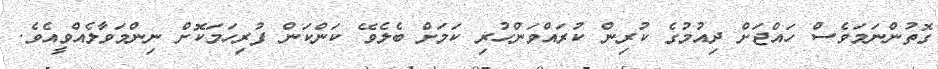
ގޮތުންނަމަވެސް ހައްޖަށް ދިއުމުގެ ކުރިން ކުރައްވަންހުރި ކަމަށް ބެލެވޭ ކަންކަން ފުރިހަމަކޮށް ނިންމަވާލެއްވީއެވެ.